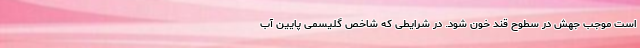
است موجب جهش در سطوح قند خون شود. در شرایطی که شاخص گلیسمی پایین آب